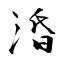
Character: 涽